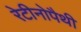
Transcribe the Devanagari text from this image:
रेटीनोपैथी